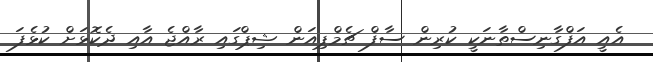
އެއީ އަފްގާނިސްތާނަކީ ކުރިން ސާފް ޗެމްޕިއަން ޝިޕްގައި ރާއްޖެ އާއި ދެކޮޅަށް ކުޅެފަ